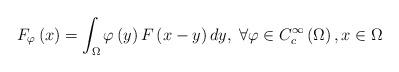
LaTeX: \begin{align*}F_{\varphi}\left(x\right)=\int_{\Omega}\varphi\left(y\right)F\left(x-y\right)dy,\;\forall\varphi\in C_{c}^{\infty}\left(\Omega\right),x\in\Omega\end{align*}